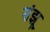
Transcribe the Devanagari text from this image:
संझू